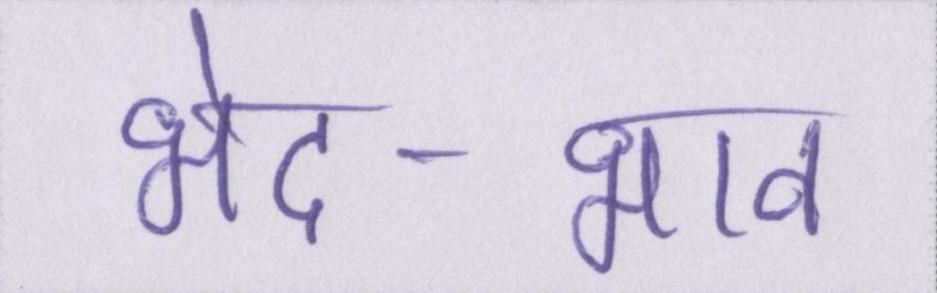
भेद-भाव